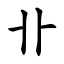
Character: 卝